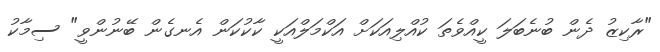
"ރާކިޒު ދެން ބުނެބަލަ ކީއްވެތަ ކުއްލިއަކަށް އަކްމަލްއަކީ ކާކުކަން އެނގެން ބޭނުންވީ" ސިމާކު